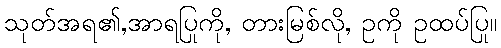
သုတ်အရ၏,အာရပြုကို, တားမြစ်လို, ဥကို ဥထပ်ပြု။